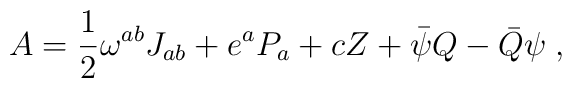
A=\frac{1}{2}\omega ^{ab}J_{ab}+e^{a}P_{a}+cZ+\bar{\psi}Q-\bar{Q}\psi \;,